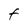
Character: F